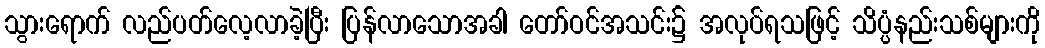
သွားရောက် လည်ပတ်လေ့လာခဲ့ပြီး ပြန်လာသောအခါ တော်ဝင်အသင်း၌ အလုပ်ရသဖြင့် သိပ္ပံနည်းသစ်များကို